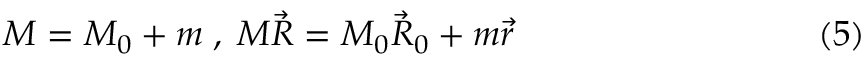
M = M _ { 0 } + m \; , \; M { \vec { R } } = M _ { 0 } { \vec { R } } _ { 0 } + m { \vec { r } } \eqno ( 5 )